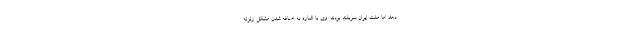
دهد اما ملت ایران سربلند بودند. وی با اشاره به اضافه شدن مشکل زلزله